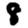
Digit: 8